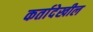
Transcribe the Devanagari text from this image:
कर्तादेखील